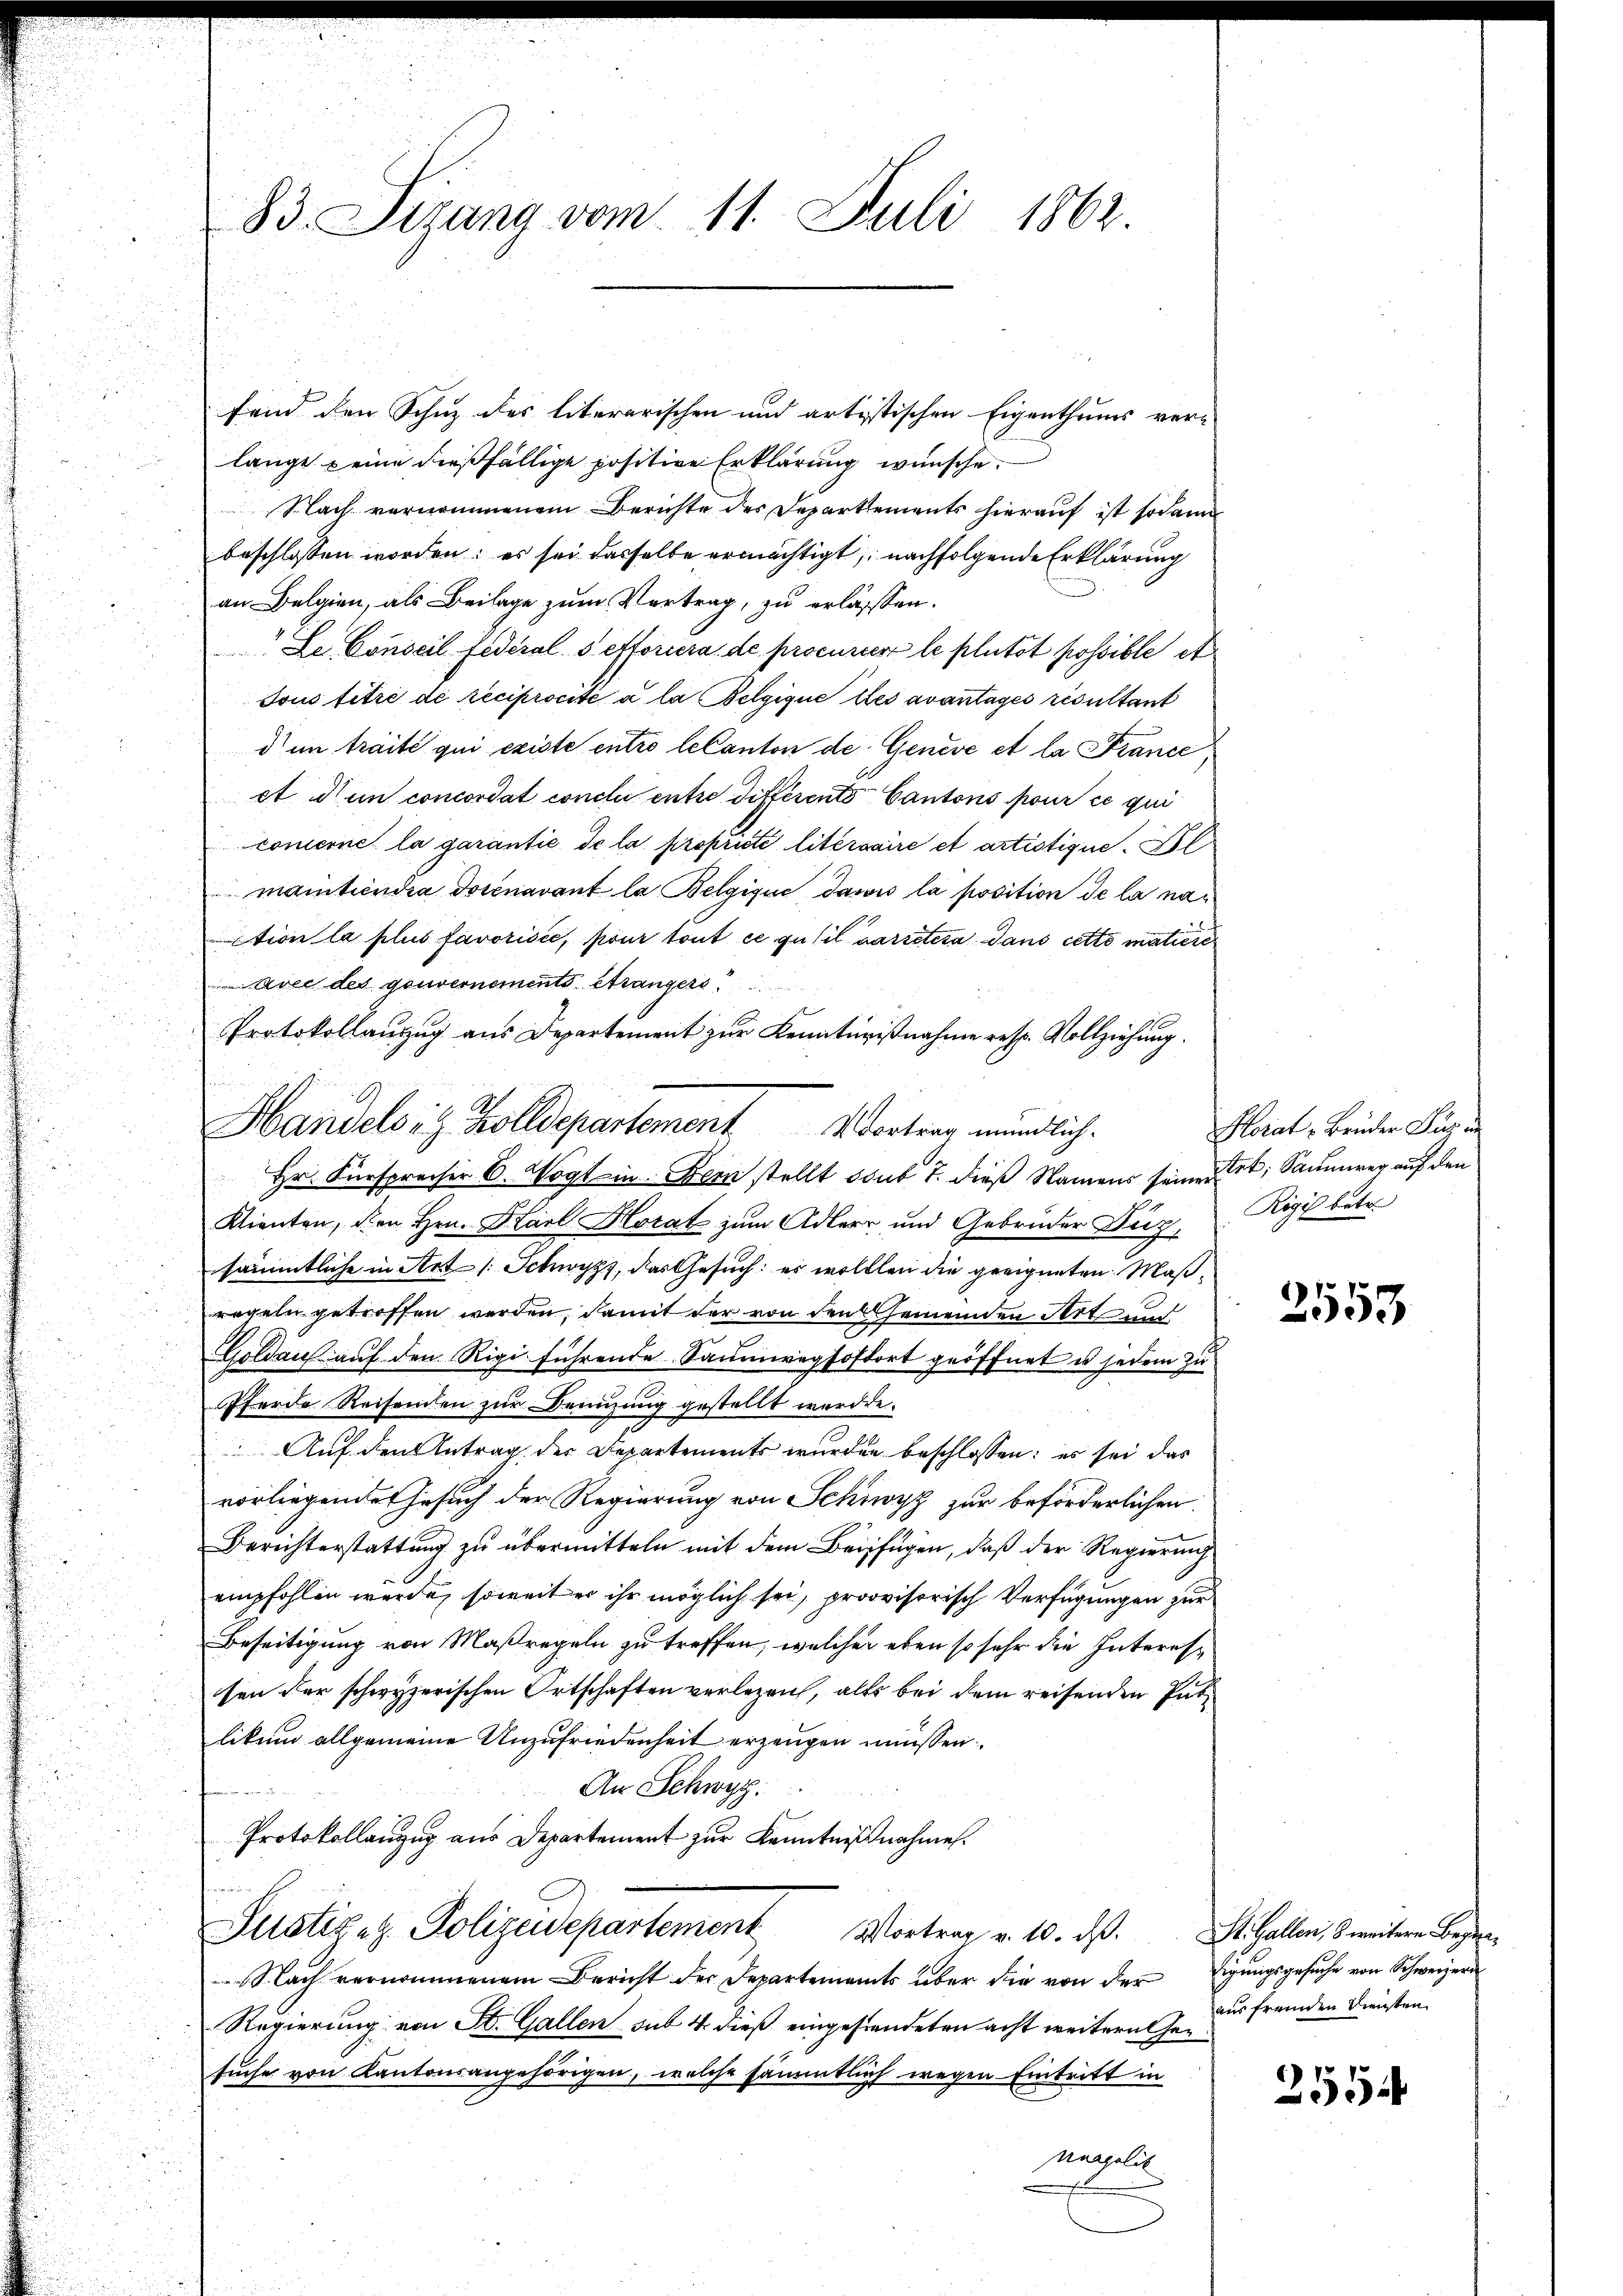
83. Sizung vom 11. Juli 1862.

fend den Schuz des literarischen und artistischen Eigenthums ver-
lange eine dießfällige positive Erklärung wünsche.
Nach vernommenem Berichte der Departements hierauf ist sodann
beschlossen worden; es sei dasselbe ermächtigt, nachfolgende Erklärung
an Belgien, als Beilage zum Vertrag, zu erlassen.
Le Conseil federals efforiera de procurir le plutot possible et
Tous titre de reciprocité à la Belgique les avantages risultant
d im traité qui existe entro le Canton de Geneve et la France
et d’un concordat conclu entre différents Cantons pour ce qui
comerne la garantie de la propriste litersaire et artistique. Al
maintiendia Dosenavant la Belgisue dawis la position de la naction la plus favorisie, pour tout ce qu’il parretisa dans cette matiere
i
avec des gouvernements Strangers
Protokollauszug aus Departement zur Kenntnißnahme resp. Vollziehung.
n
Hr. Fürsprecher 6. Wogt ein Bern stellt sub 7. dieß Namens seine Art; Saumerer auf den
Klienten, den Hrn. Karl Horat zum Adler und Gebrüder Diez,
sämmtliche in Art /: Schwyz, das Gesuch: es wollten die geeigneten Maßregeln getreffen werden, damit der von den semenden Art und
Goldau auf den Rigi führende Saumweg sofort geöffnet u jedem zu
Pferde Reisenden zur Benuzung gestellt werde.
Auf den Antrag der Departements wurden beschlossen: es sei das
vorliegende Gesuch der Regierung von Schwyz zur beförderlichen
Berichterstattung zu übermitteln mit dem Beifügen, daß der Regierung
empfohlen würde, soweit er ihr möglich sei, provisorisch Verfügungen zur
Beseitigung von Maßregeln zu treffen, welcher eben so sehr die Interessen der schwyzerischen Ortschaften verlegen, als bei dem reisenden Publikum allgemeine Unzufriedenheit erzeugen müssen.
An Schwyz.
Protokollanzŭg aŭs Departement zŭr Kenntnißnahme.
Justizez. Polizeidepartement Vortrag v. 10. ds. St. Gallen, & weiteren Beze
Nach vernommenem Bericht der Departements über die von der digungsgesuche von Schweizer
Regierung von St. Gallen sub 4. dieß eingestendeten acht weitern hersuche von Kantonsangehörigen, welche sämmtlich wegen Eintritt in
neapolit

Handels in Zolldepartement Vortrag mündlich.

Horat Brüder Buz un
Rigis betr.

.
357

aus fremden Diensten

2554